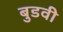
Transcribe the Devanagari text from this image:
बुडवी